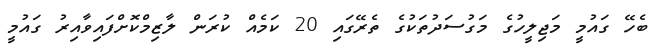
ބެހޭ ގައުމީ މަޖިލީހުގެ މަގުސަދުތަކުގެ ތެރޭގައި 20 ކަމެއް ކުރަން ލާޒިމްކޮށްފައިވާއިރު ގައުމީ